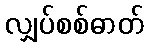
လျှပ်စစ်ဓာတ်